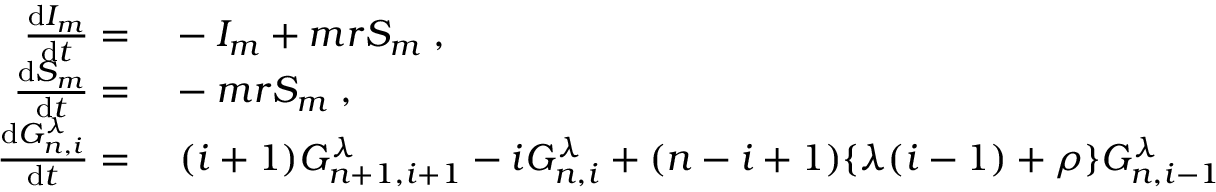
\begin{array} { r l } { \frac { \mathrm { d } I _ { m } } { \mathrm { d } t } = } & { { } - I _ { m } + m r S _ { m } \; , } \\ { \frac { \mathrm { d } S _ { m } } { \mathrm { d } t } = } & { { } - m r S _ { m } \; , } \\ { \frac { \mathrm { d } G _ { n , i } ^ { \lambda } } { \mathrm { d } t } = } & { { } \; ( i + 1 ) G _ { n + 1 , i + 1 } ^ { \lambda } - i G _ { n , i } ^ { \lambda } + ( n - i + 1 ) \lbrace \lambda ( i - 1 ) + \rho \rbrace G _ { n , i - 1 } ^ { \lambda } } \end{array}